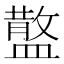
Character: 𥂪